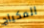
المكياج